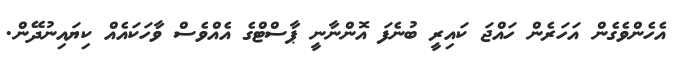
އެހެންވެގެން އަހަރެން ހައްޖަ ކައިރީ ބުނެފަ އޮންނާނީ ޕާސްޓްގެ އެއްވެސް ވާހަކައެއް ކިޔައިނުދޭން.